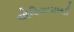
એરિયામાથી